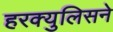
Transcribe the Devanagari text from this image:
हरक्युलिसने